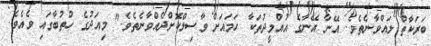
ބަރަކާތް ލައްވާނެތެވެ. އޭނާ އޭނާގެ އުއްމީދުތަކާ ހަމައަށް ވާސިލްކޮށްދެއްވާނެތެވެ." މިއަދުގެ ހުތުބާގައި ވެއެވެ.